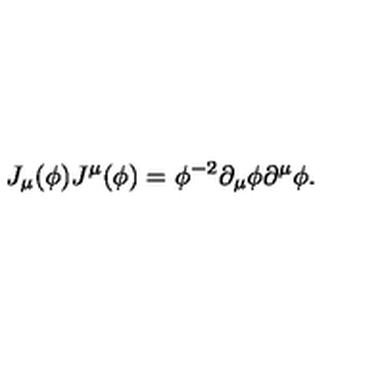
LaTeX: J _ { \mu } ( \phi ) J ^ { \mu } ( \phi ) = \phi ^ { - 2 } \partial _ { \mu } \phi \partial ^ { \mu } \phi .